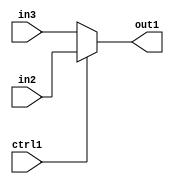
`timescale 1ps / 1ps
/*****************************************************************************
    Verilog RTL Description
    
    
    Created by: Stratus DpOpt 2019.1.01 
*******************************************************************************/

module GauFilter_N_Muxb_1_2_4_1 (
	in3,
	in2,
	ctrl1,
	out1
	); /* architecture "behavioural" */ 
input  in3,
	in2,
	ctrl1;
output  out1;
wire  asc001;

reg [0:0] asc001_tmp_0;
assign asc001 = asc001_tmp_0;
always @ (ctrl1 or in2 or in3) begin
	case (ctrl1)
		1'B1 : asc001_tmp_0 = in2 ;
		default : asc001_tmp_0 = in3 ;
	endcase
end

assign out1 = asc001;
endmodule

/* CADENCE  uLHzTAA= : u9/ySgnWtBlWxVPRXgAZ4Og= ** DO NOT EDIT THIS LINE ******/